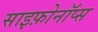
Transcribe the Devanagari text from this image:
साइफ़ोनॉप्स